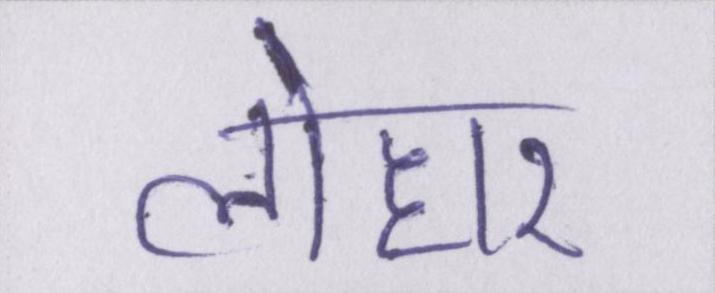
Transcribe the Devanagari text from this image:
लोहार